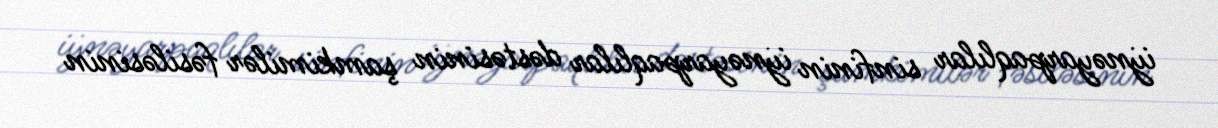
i̇ynəyarpaqlılar sinfinin i̇ynəyarpaqlılar dəstəsinin şamkimilər fəsiləsinin